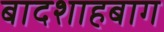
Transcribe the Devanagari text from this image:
बादशाहबाग